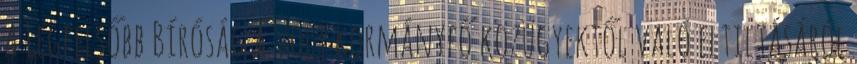
A Legfelsőbb Bíróság a volt kormányfő közügyektől való eltiltásáról